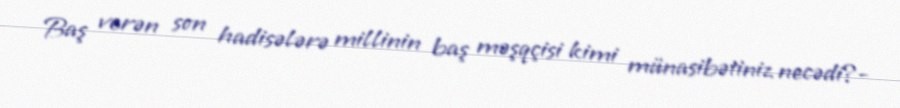
Baş verən son hadisələrə millinin baş məşqçisi kimi münasibətiniz necədi?-